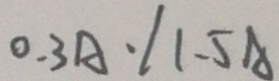
0 . 3 A \cdot / 1 . 5 A